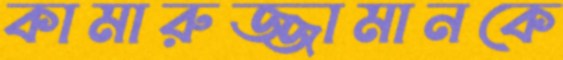
কামারুজ্জামানকে